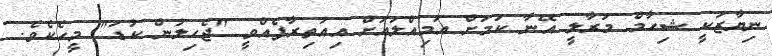
ނިޔާޒަކީ ޝިހާމް މަރާލީ އޭނާ ކަމަށް އަމިއްލައަށް އިއުތިރާފެއްވީ "ޖެހިލުން ކުޑަ" މީހެކެވެ.